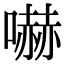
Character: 嚇